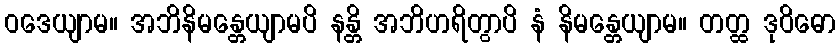
ဝဒေယျာမ။ အဘိနိမန္တေယျာမပိ နန္တိ အဘိဟရိတွာပိ နံ နိမန္တေယျာမ။ တတ္ထ ဒုဝိဓော